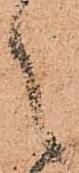
之